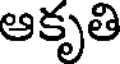
ఆకృతి